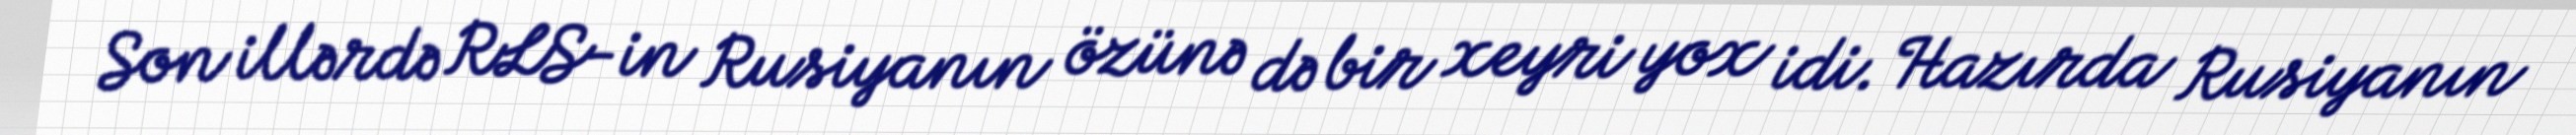
Son illərdə RLS-in Rusiyanın özünə də bir xeyri yox idi. Hazırda Rusiyanın